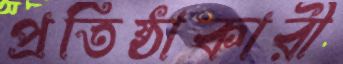
প্রতিষ্ঠাকারী